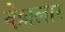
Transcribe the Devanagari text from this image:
वेल्ललार